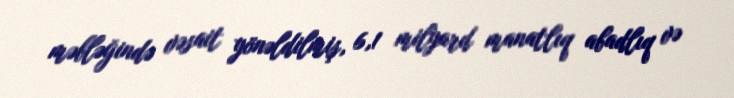
məbləğində vəsait yönəldilmiş, 6,1 milyard manatlıq abadlıq və